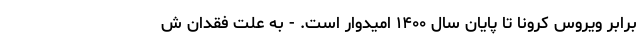
برابر ویروس کرونا تا پایان سال ۱۴۰۰ امیدوار است. - به علت فقدان ش